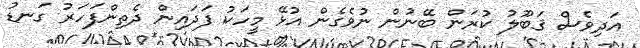
އަދިވެސް ޤަބޫލު ކުރަން ބޭނުން ނުވެގެން އުޅޭ މީހަކު ފަދައިން ދެތިންފަހަރު ގަނޑު